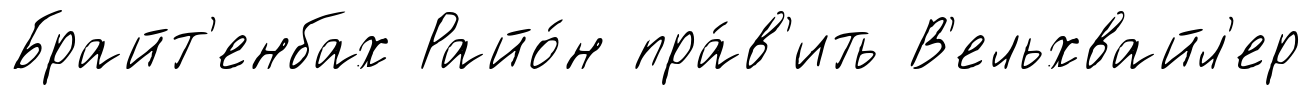
Брайт'енбах Райо́н пра́в'ить В'ельхвайл'ер